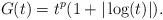
LaTeX: \begin{align*}G(t)=t^p(1+|\log (t)|).\end{align*}